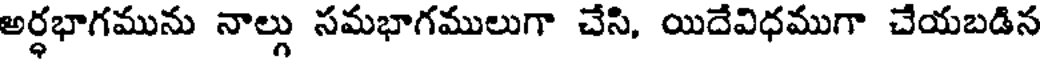
అర్ధభాగమును నాల్లు సమభాగములుగా చేసి, యిదేవిధముగా చేయబడిన